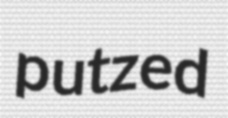
putzed